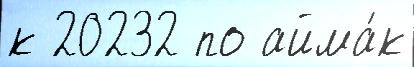
к 20232 по айма́к